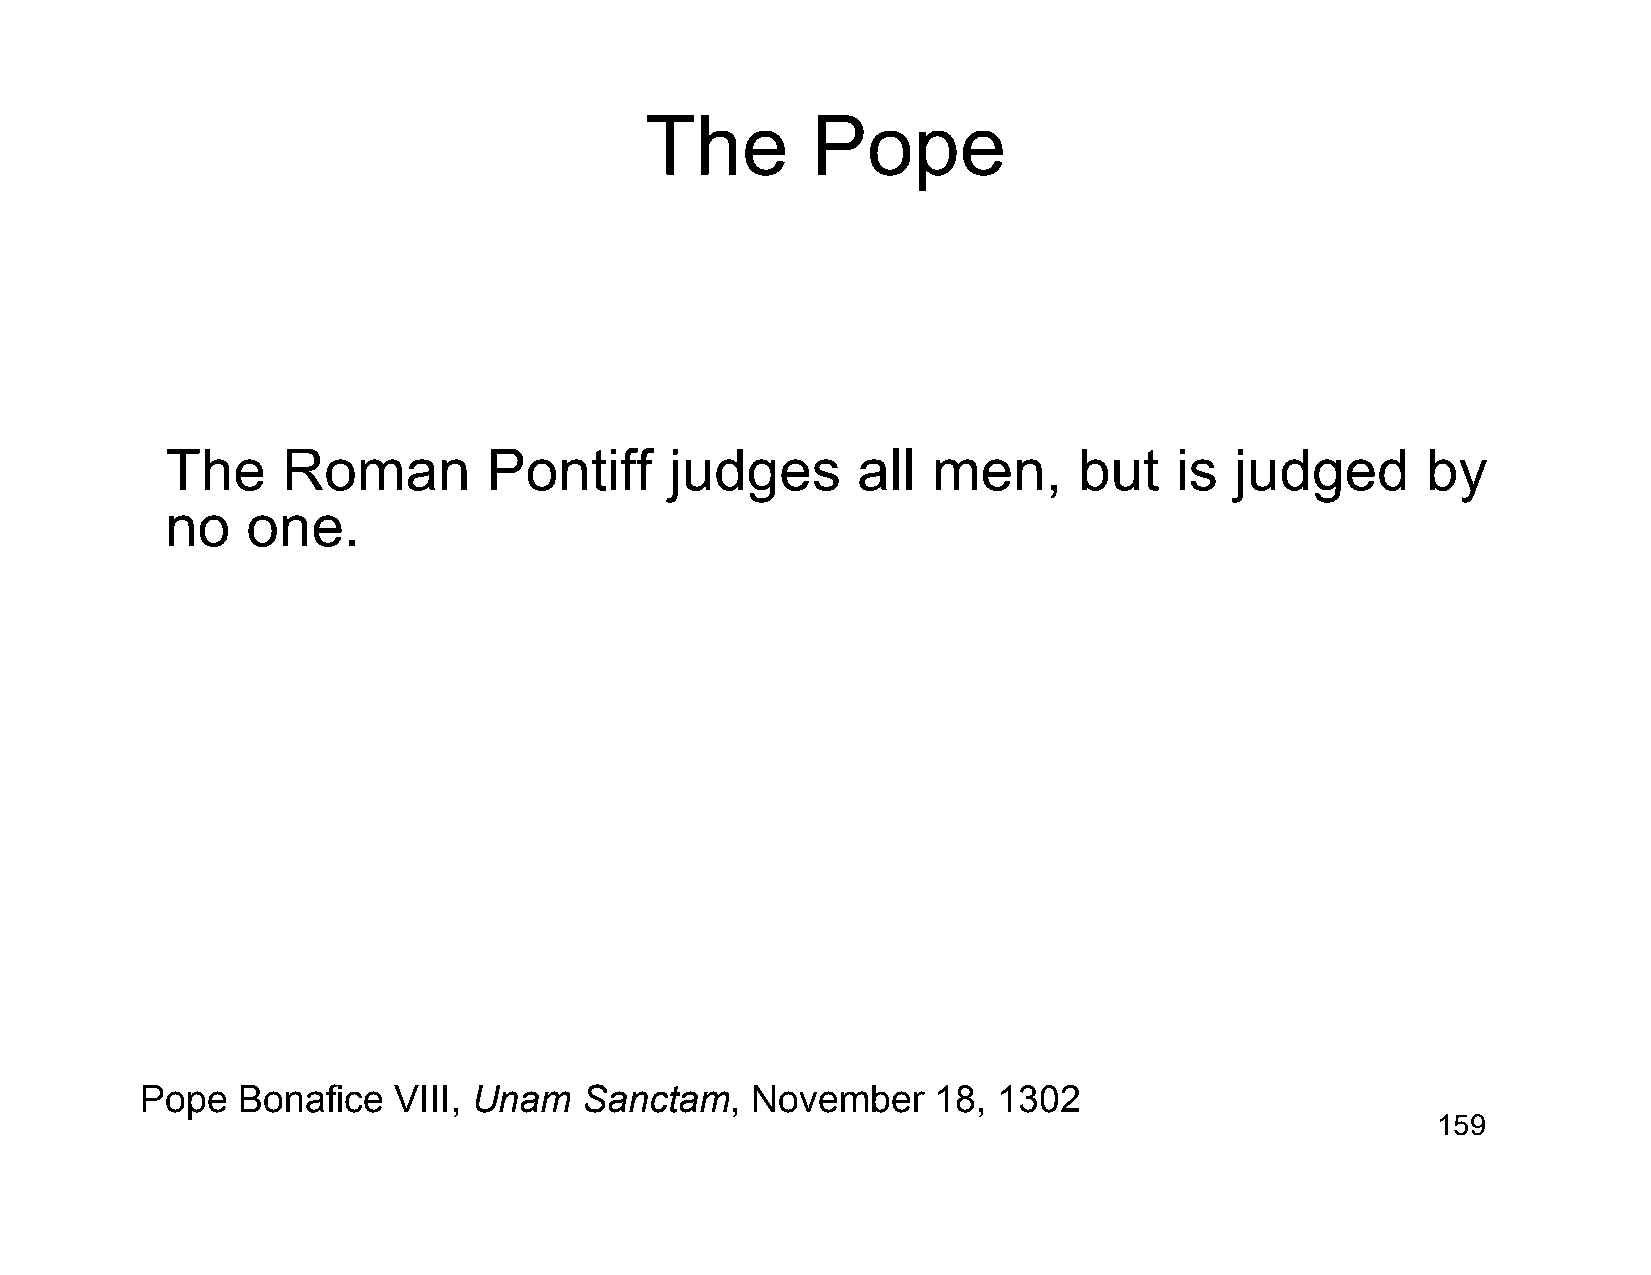
The        Pope
 The     Roman        Pontiff     judges       all  men,     but    is  judged      by
 no   one.
 Pope   Bonafice  VIII, Unam   Sanctam,   November    18, 1302
 159